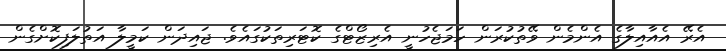
އެރޭ އެއާއިލާގެ އެންމެން ވޭތުކުރަން ހަމަޖެހުނީ އެރިޒޯޓްގެ ކޮޓަރިތަކުގައެވެ. ޖައިދަން ކަމީލާ އަތުލަފިކޮށްގެން